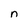
Character: n